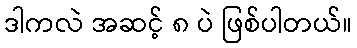
ဒါကလဲ အဆင့် ၈ ပဲ ဖြစ်ပါတယ်။